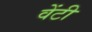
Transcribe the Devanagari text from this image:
वेंटी